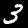
Label: 3